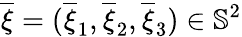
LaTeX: \overline{{\xi}}=(\overline{{\xi}}_{1},\overline{{\xi}}_{2},\overline{{\xi}}_{3})\in\mathbb{S}^{2}